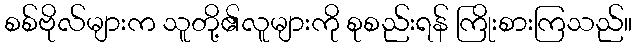
စစ်ဗိုလ်များက သူတို့၏လူများကို စုစည်းရန် ကြိုးစားကြသည်။